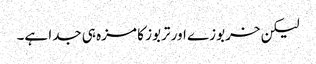
لیکن خربوزے اور تربوز کا مزہ ہی جدا ہے۔